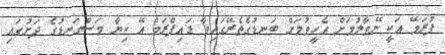
ފުރަމޭ އަކީ ނޭވާލުމަށް އެހީވުމަށް ބަނޑުގެތެރޭގައިވާ ޑައިފްރަމް އޭ ކިޔާ މަސްގަނޑުގެ ދަށުގައި